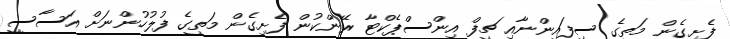
ފެށިގެން މަތީގެ ސިފައިންނާއި ޗީފް އިންސްޕެކްޓާ ރޭންކުން ފެށިގެން މަތީގެ ފުލުހުންނަށް އަސާސީ